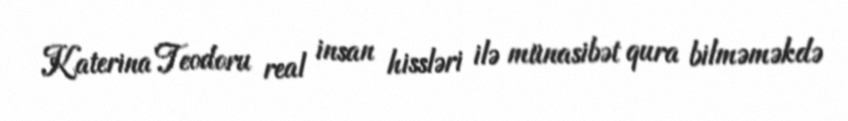
Katerina Teodoru real insan hissləri ilə münasibət qura bilməməkdə